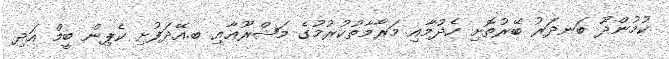
ކުމުންދޫ ބަނދަރު ބޭރުތޮށި ހެދުމާއި މަރާމާތުކުރުމުގެ މަޝްރޫޢާއި ބ.އޭދަފުށި ކެޕިން ބީމް އަދި